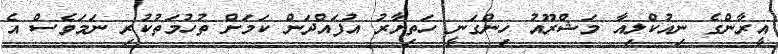
އީރާންގެ ނިއުކްލިއާ މަޝްރޫއު ހިންގަނީ ހަތިޔާރު އުފައްދަން ކަމަށް ތުހުމަތުކުރި ނަމަވެސް އެ